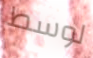
لوسط